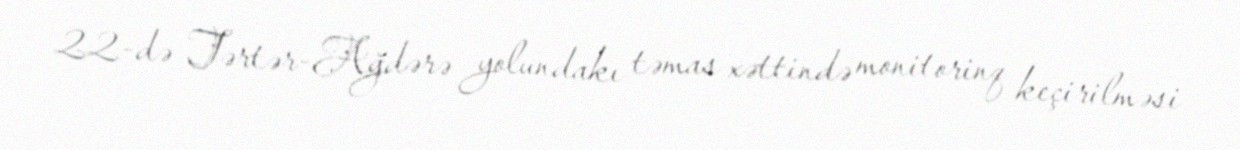
22-də Tərtər-Ağdərə yolundakı təmas xəttində monitorinq keçirilməsi